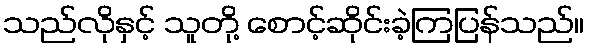
သည်လိုနှင့် သူတို့ စောင့်ဆိုင်းခဲ့ကြပြန်သည်။